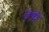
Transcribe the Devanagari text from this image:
टापे